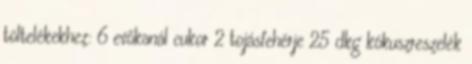
töltelékekhez: 6 evőkanál cukor 2 tojásfehérje 25 dkg kókuszreszelék